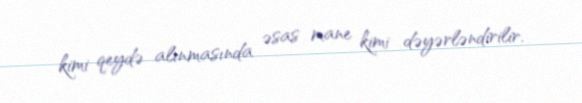
kimi qeydə alınmasında əsas mane kimi dəyərləndirilir.